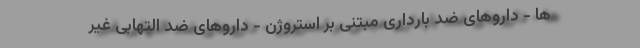
ها - داروهای ضد بارداری مبتنی بر استروژن - داروهای ضد التهابی غیر